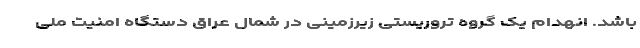
باشد. انهدام یک گروه تروریستی زیرزمینی در شمال عراق دستگاه امنیت ملی